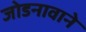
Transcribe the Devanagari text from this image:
जोडनावाने